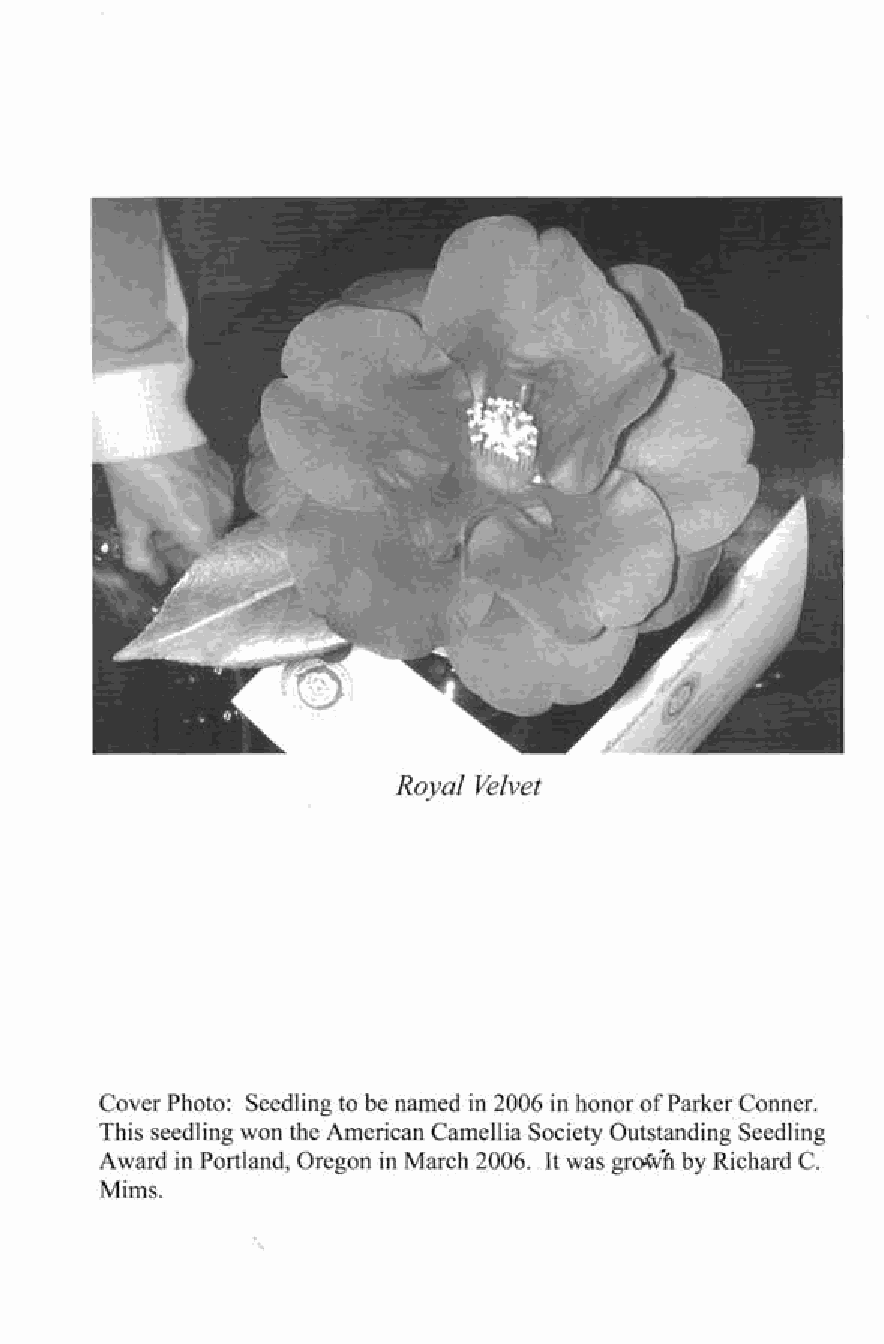
Royal Velvet
 Cover Photo: Seedling to be named in 2006 in honor of Parker Conner.
 This seedling won the American Camellia Society Outstanding Seedling
 Award in Portland, Oregon in March 2006. It was grcWih by Richard C.
 Mims.